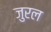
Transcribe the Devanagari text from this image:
जुरल